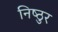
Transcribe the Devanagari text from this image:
निष्‍ठुर